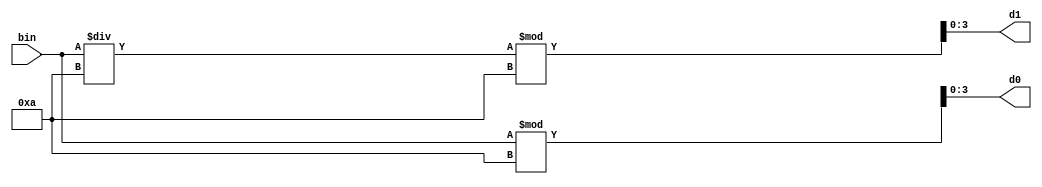
module BinaryToDecimal8(
    input wire [7:0] bin,
    output wire [3:0] d0, // Least significant digit
    output wire [3:0] d1  // Most significant digit
);
    // Convert the binary input to decimal digits
    assign d0 = bin % 10;
    assign d1 = (bin / 10) % 10;
endmodule